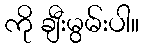
ကို ချီးမွမ်းပါ။